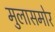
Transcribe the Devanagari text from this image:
मुलासमोर